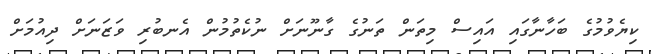
ކިޔެވުމުގެ ބަހާނާގައި އައިސް މިތަން ތަނުގެ ގާނޫނަށް ނުކެތުމުން އެނބުރި ވަޒަނަށް ދިއުމަށް